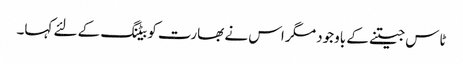
ٹاس جیتنے کے باوجود مگر اس نے بھارت کو بیٹنگ کے لئے کہا۔